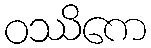
ဝဿိကေ